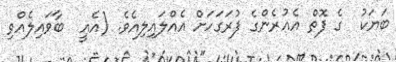
ބަޔަކު  ގެ ފޮތް އެއުރެންގެ ފުރަގަހަށް އެއްލައިލިއެވެ. (އެއީ  ބާވައިލެއްވި